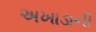
અખાડાની